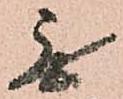
無